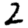
Digit: 2